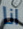
انا